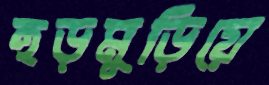
হুড়মুড়িয়ে